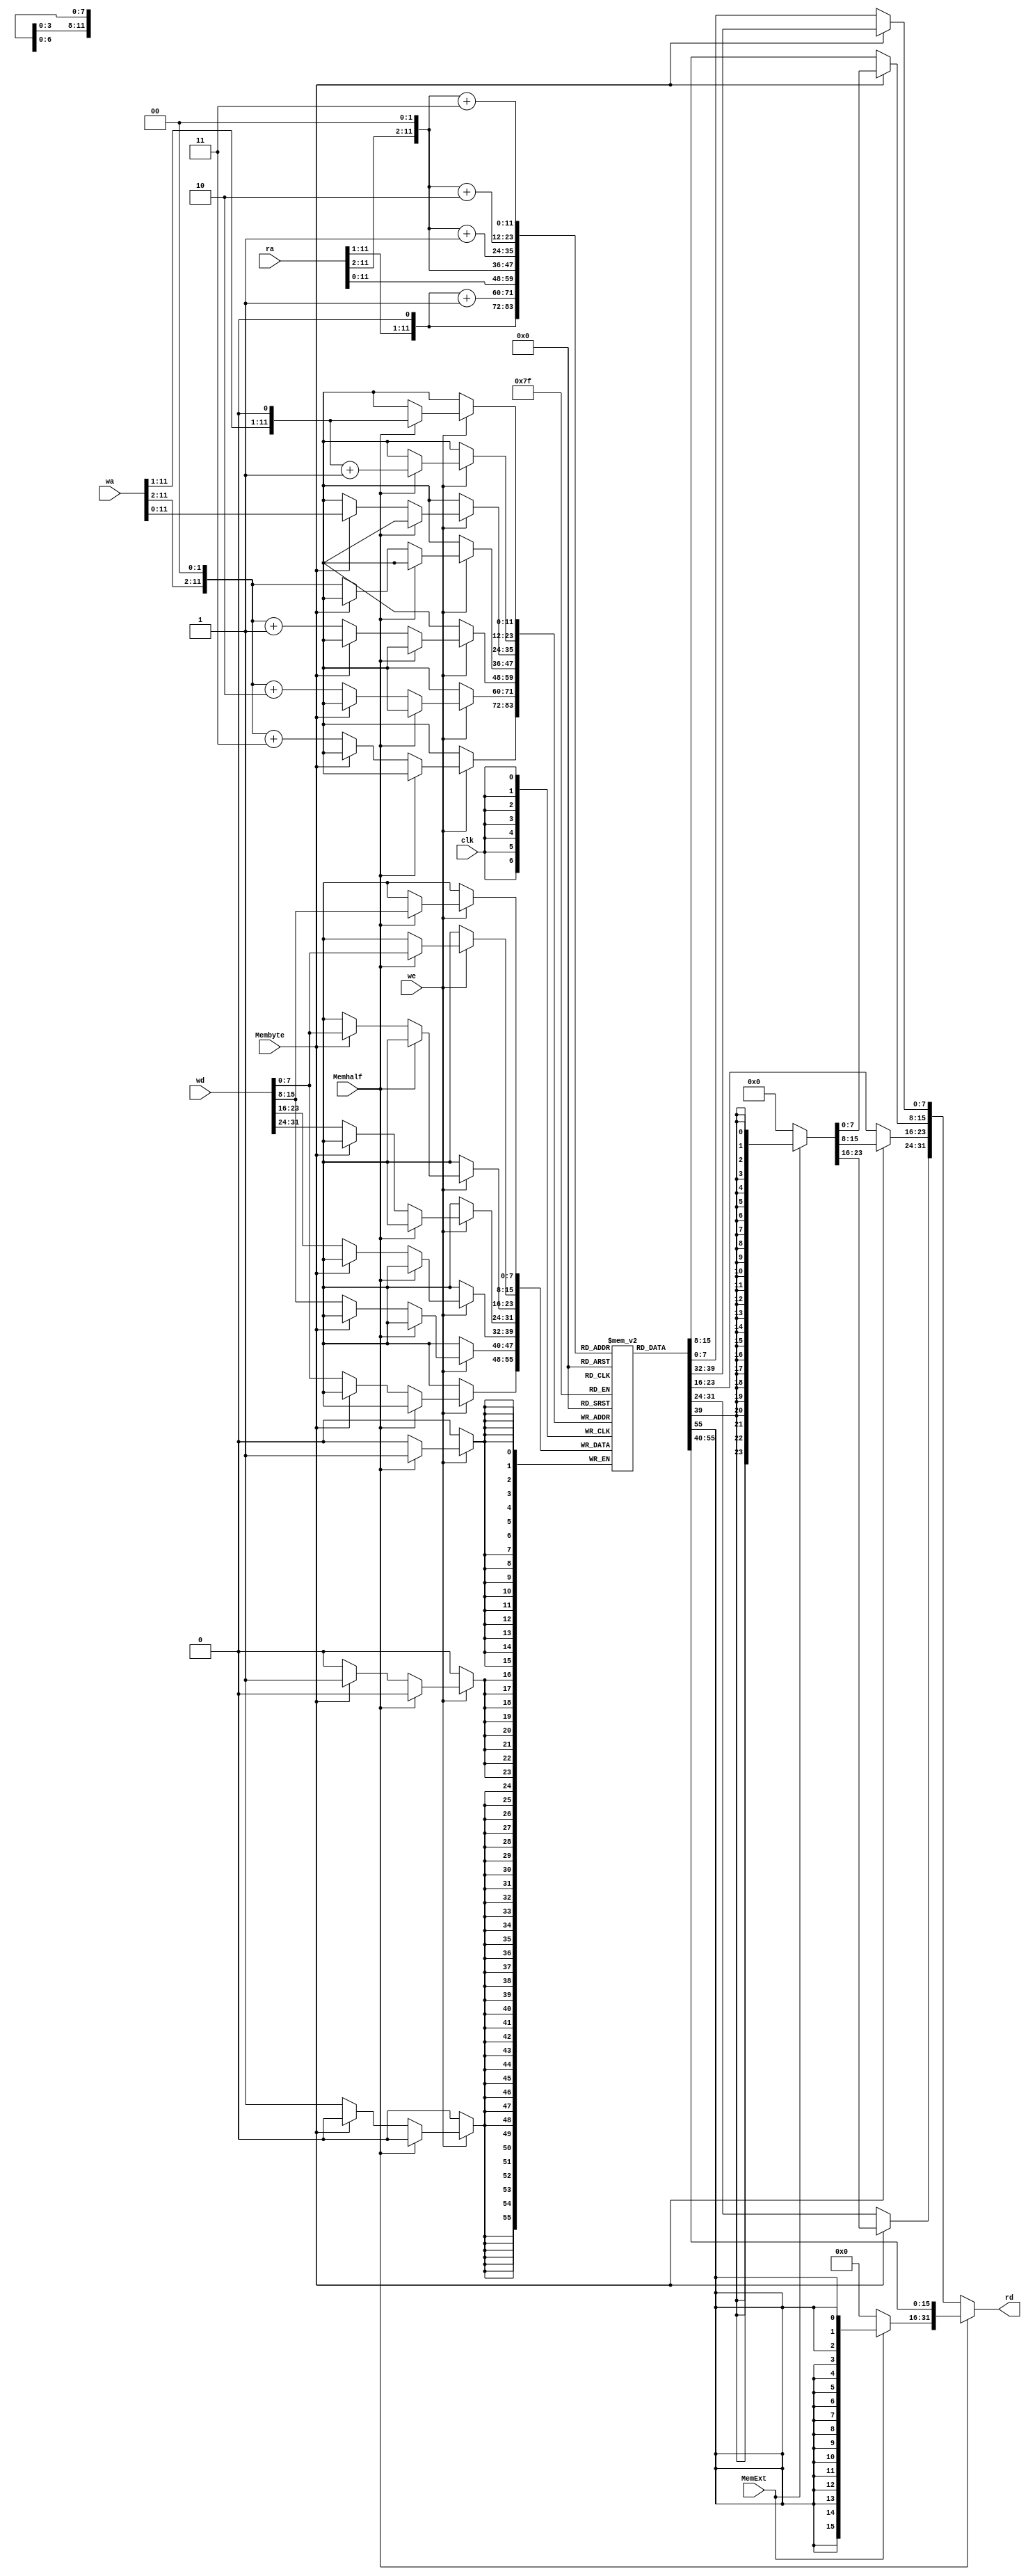
// This program was cloned from: https://github.com/Aurora2580/verilog
// License: MIT License

module Memory(ra, wa, we, wd, rd, Memhalf, Membyte, MemExt, clk);
    input [31:0] ra, wa, wd;
    input we, Memhalf, Membyte, MemExt, clk;
    output reg  [31:0] rd;

    reg [7:0] memory [4095:0];

    //
    // assign rd[31:24] = (we&&ra==wa)?wd[31:24]:memory[ra[11:0]];
    // assign rd[23:16] = (we&&ra==wa)?wd[23:16]:memory[ra[11:0] + 1];
    // assign rd[15:8] = (we&&ra==wa)?wd[15:8]:memory[ra[11:0] + 2];
    // assign rd[7:0] = (we&&ra==wa)?wd[7:0]:memory[ra[11:0] + 3];



    reg [31:0] ra_;
    always @(ra)
    begin
        if(Memhalf)
        begin
            ra_ = {ra[31:1],1'b0};
            if(MemExt)
            begin
                rd[31:16] = {16{memory[ra_[11:0]][7]}};
                rd[15:8] = memory[ra_[11:0]];
                rd[7:0] = memory[ra_[11:0] + 1];
            end
            else
            begin
                rd[31:16] = 16'b0;
                rd[15:8] = memory[ra_[11:0]];
                rd[7:0] = memory[ra_[11:0] + 1];
            end

        end
        else if(Membyte)
        begin
            if(MemExt)
            begin
                rd[31:8] = {24{memory[ra[11:0]][7]}};
                rd[7:0] = memory[ra[11:0]];
            end
            else
            begin
                rd[31:8] = 24'b0;
                rd[7:0] = memory[ra[11:0]];
            end

        end
        else
        begin
            ra_ = {ra[31:2],2'b0};
            rd[31:24] = memory[ra_[11:0]];
            rd[23:16] = memory[ra_[11:0] + 1];
            rd[15:8] = memory[ra_[11:0] + 2];
            rd[7:0] = memory[ra_[11:0] + 3];
        end
    end



    
    // always @(negedge clk) begin
    //     if (we) begin
    //         memory[wa[11:0]] = wd[31:24];
    //         memory[wa[11:0] + 1] = wd[23:16];
    //         memory[wa[11:0] + 2] = wd[15:8];
    //         memory[wa[11:0] + 3] = wd[7:0];
    //     end
    // end
    reg [31:0] wa_;
    always @(negedge clk) 
    begin
        if (we)
        begin
            if(Memhalf)
            begin
                wa_ = {wa[31:1],1'b0};
                memory[wa_[11:0]] = wd[15:8];
                memory[wa_[11:0] + 1]= wd[7:0];
            end
            else if(Membyte)
            begin
                memory[wa[11:0]] = wd[7:0];
            end
            else
            begin
                wa_ = {wa[31:2],2'b0};
                memory[wa_[11:0]] = wd[31:24];
                memory[wa_[11:0] + 1] = wd[23:16];
                memory[wa_[11:0] + 2] = wd[15:8];
                memory[wa_[11:0] + 3] = wd[7:0];   
            end
        end
    end

    


endmodule